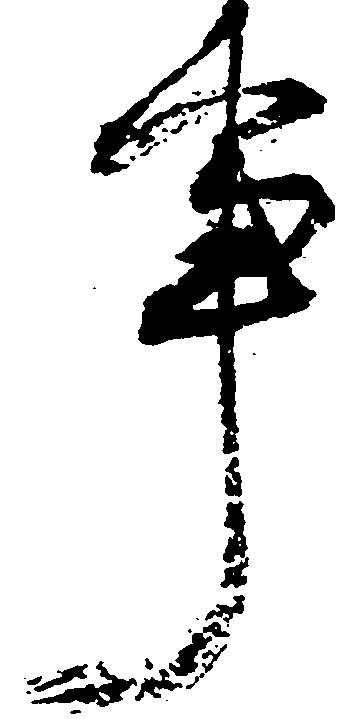
事